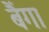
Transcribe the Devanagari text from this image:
बैंगा